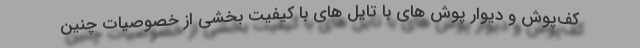
کف‌پوش و دیوار پوش های با تایل های با کیفیت بخشی از خصوصیات چنین